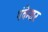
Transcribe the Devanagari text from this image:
पंकेशर